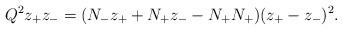
LaTeX: \begin{align*}Q^2 z_{+}z_{-}=(N_{-}z_{+}+N_{+}z_{-}-N_{+}N_{+})(z_{+}-z_{-})^2.\end{align*}